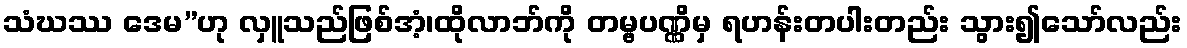
သံဃဿ ဒေမ”ဟု လှူသည်ဖြစ်အံ့၊ထိုလာဘ်ကို တမ္ဗပဏ္ဏိမှ ရဟန်းတပါးတည်း သွား၍သော်လည်း